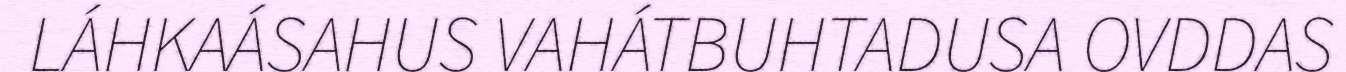
LÁHKAÁSAHUS VAHÁTBUHTADUSA OVDDAS